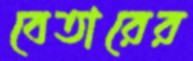
বেতারের